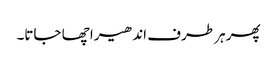
پھر ہر طرف اندھیرا چھا جاتا۔